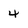
Character: 4